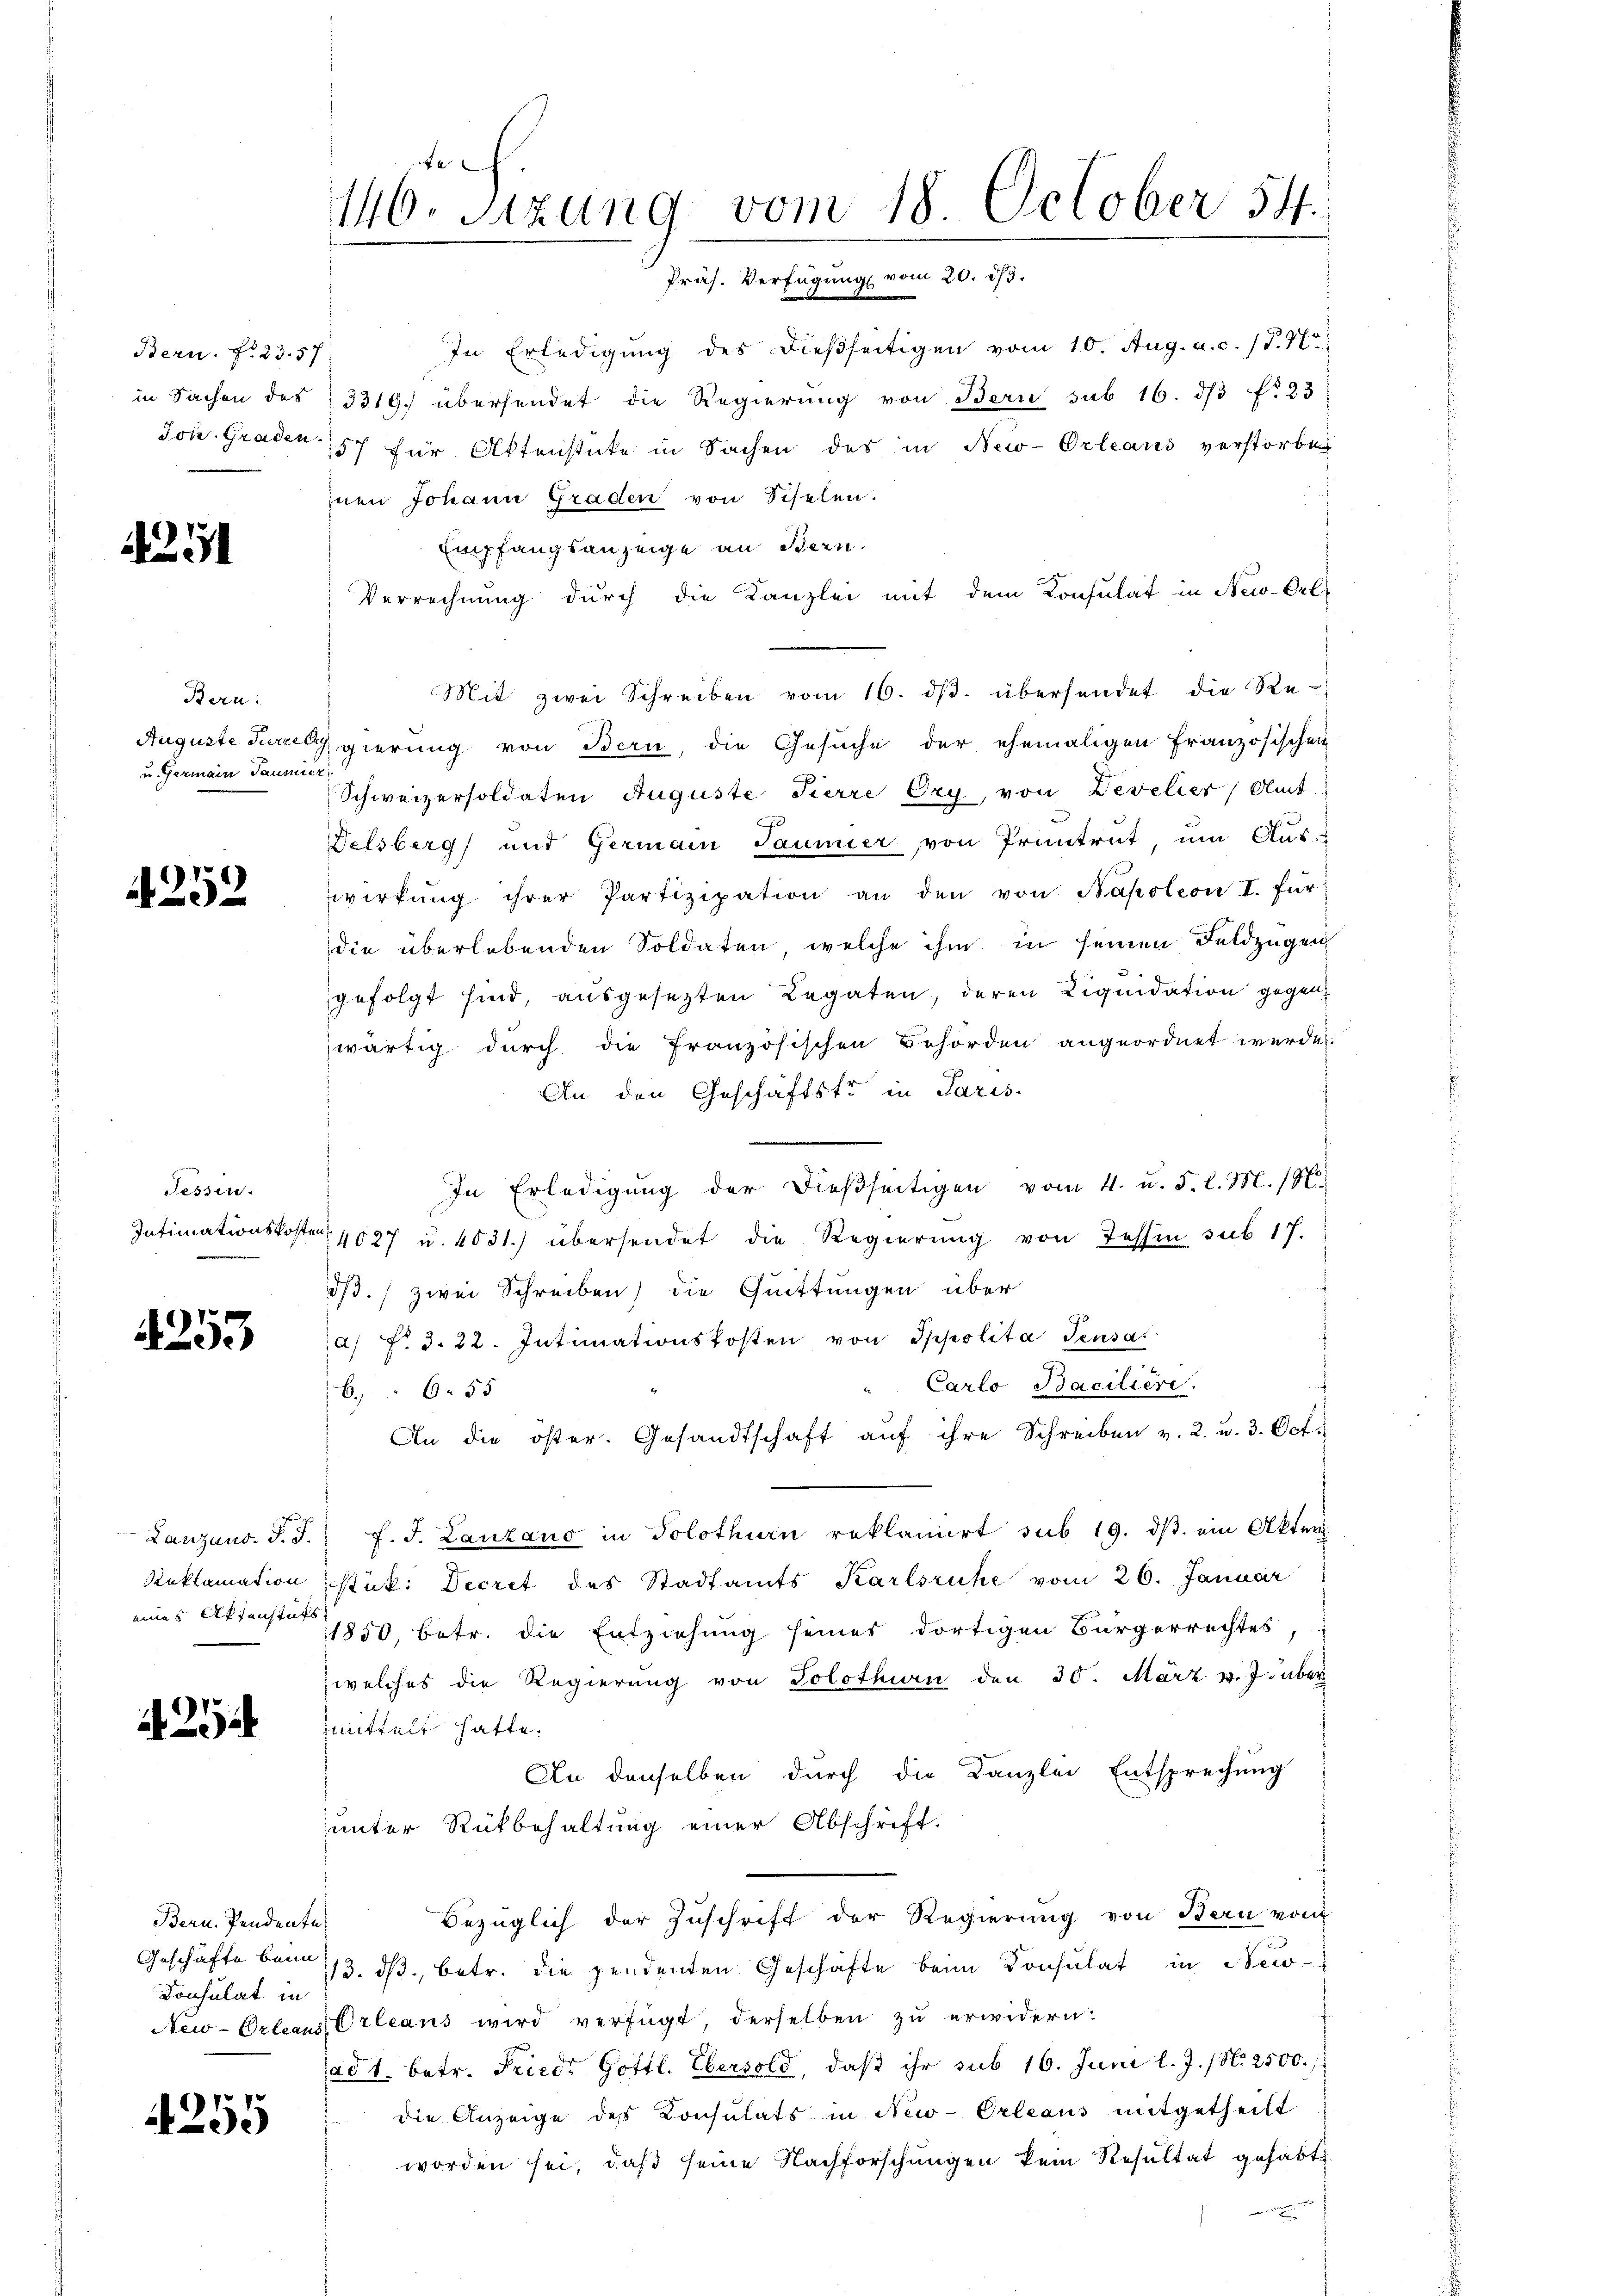
Bern. No 23. 57

4291

Bern:
Auguste Sterze
u. Germain Tauser,

1252

Tessin.

4253

425

Bern. Pendente¬
Consulat in

255

146. Sitzung vom 18. October 54.
Präs. Verfügung vom 20. dβ.

In Erledigung des dießseitigen vom 10. Aug. a. c. (T. No
in Sachen des 3319. übersendet die Regierung von Bern sub 16. dβ f. 23
Jon. Graden 157 für Aktenstücke in Sachen des in New-Orleans verstorbe
inen Johann Graden von Fiselen.
Empfangsanzeige an Stern.
Verrechnung durch die Kanzlei mit dem Consulat in New-Orle
Mit zwei Schreiben vom 16. dβ. übersendet die Re-
agierung von Bern, die Gesuche der ehemaligen Französischen
Schweizersoldaten Auguste Pierre Ory, von Levelier, Amt
Delsberg) und Germain Taumer, von Pruntrut, um Aus-
wirkŭng ihrer Partizipation an den von Napoleon I. für
die überlebenden Soldaten, welche ihm in seinen Feldzügen
gefolgt sind, ausgesezten Legaten, deren Liquidation gegenwärtig durch die französischen Behörden angeordnet werde.
An den Geschäftstr in Paris
In Erledigŭng der dießseitigen vom 4. u. 5. l. M. 18
Intimationskosten 4027 u. 4031.) übersendet die Regierung von Tessin sub 17.
dß.) zwei Schreiben die Quittungen über
a. f. d. 22. Intimationskosten von Sppolita Sensa
Carlo Baciliere.
66. 55
An die öster. Gesandtschaft aŭf ihre Schreiben v. 2. u. 3. Oct.
Lanzand. J. J. f. J. Lanzano in Solothurn reklamirt sub 19. dβ. ein Akten
Reklamation istik. Decret des Stadtamts Karlsruhe vom 26. Januar
eines Aktenster 1850, betr. die Entziehung seines dortigen Bürgerrechtes
welches die Regierung von Solothurn den 30. März v. J. über
mmittelt hatte.
An denselben durch die Kanzlei Entsprechung
unter Rückbehaltung einer Abschrift.
Bezüglich der Zuschrift der Regierung von Bern vom
Geschäfte beim 13. ds., betr. die pendenten Geschäfte beim Konsulat in New-
New-Orleans Orleans wird verfügt, derselben zu erwidern.
(ad 1. betr. Friedr Gottl. Ebersold, daß ihr sub 16. Juni l. J. (N. 2500.
die Anzeige des Consulats in New-Orleaus mitgetheilt
worden sei, daβ seine Nachforschungen kein Resultat gehabt